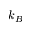
k _ { B }